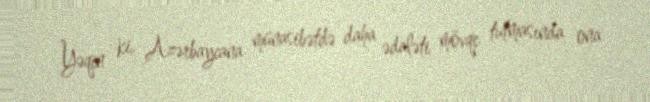
Yəqin ki, Azərbaycana münasibətdə daha ədaləti mövqe tutmasında ona